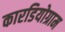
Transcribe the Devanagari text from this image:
कारडियोग्राम